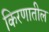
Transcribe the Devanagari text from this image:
किरणातील